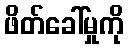
ဖိတ်ခေါ်မှုကို